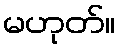
မဟုတ်။